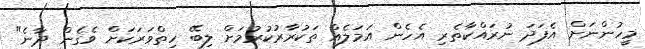
މީހުންނަށް އެފަދަ ނުރައްކާތެރި އެހެން އަަމަލެއް ތަކުރާރުކުރުމަށް ލިބޭ ހިތްވަރަކަށް ވެގެން ދާނެ"